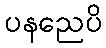
ပနညေပိ